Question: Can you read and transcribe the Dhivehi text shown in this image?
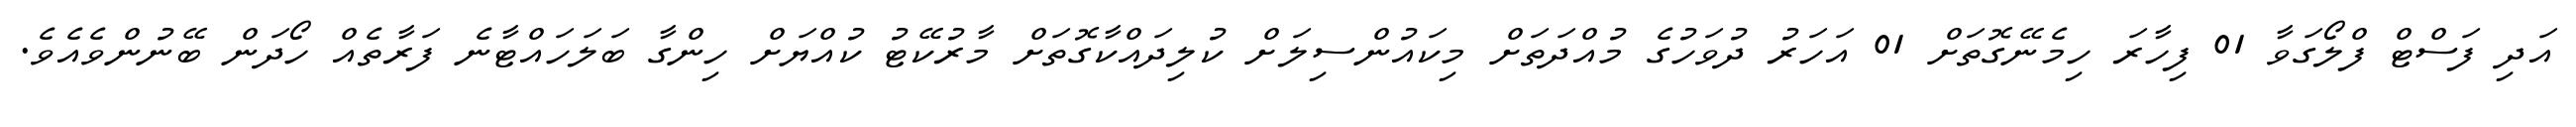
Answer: އަދި ފަސްޓް ފްލޯގަވާ 01 ފިހާރަ ހިމެނޭގޮތަށް 01 އަހަރު ދުވަހުގެ މުއްދަތަށް މިކައުންސިލަށް ކުލިދައްކާގޮތަށް މާރުކޭޓު ކުއްޔަށް ހިންގާ ބަލަހައްޓާނެ ފަރާތެއް ހޯދަން ބޭނުންވެއެވެ.